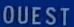
QUEST